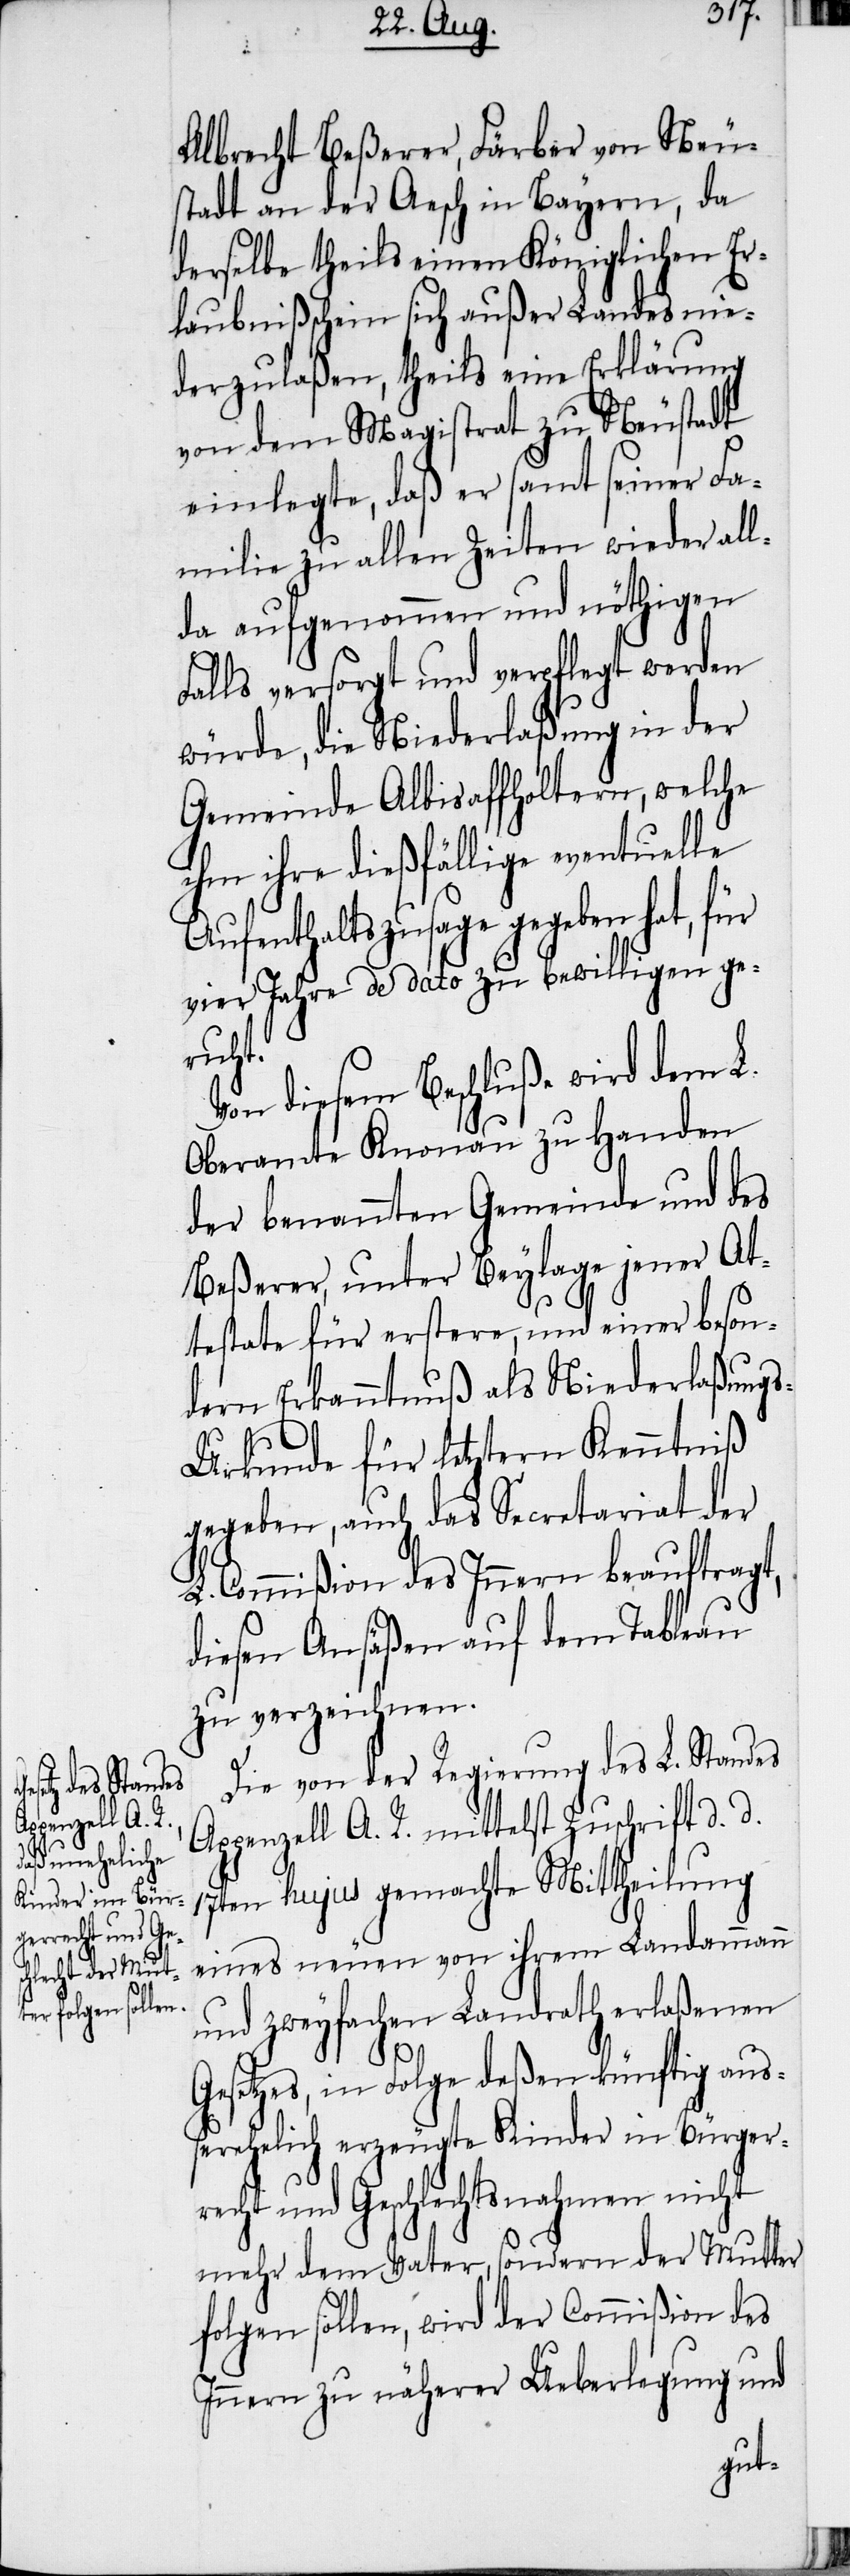
Albrecht Beßerer, Färber von Neu¬
stadt an der Aesch in Bayern, da
derselbe theils einen Königlichen Er¬
laubnißschein sich außer Landes nie¬
derzulaßen, theils eine Erklärung
von dem Magistrat zu Neustadt
einlegte, daß er samt seiner Fa¬
milie zu allen Zeiten wieder all¬
da aufgenommen und nöthigen
Falls versorgt und verpflegt werden
würde, die Niederlaßung in der
Gemeinde Albisaffholtern, welche
ihm ihre dießfällige eventuelle
Aufenthaltszusage gegeben hat, für
vier Jahre de dato zu bewilligen ge¬
ruht.
Von diesem Beschluße wird dem L.
Oberamte Knonau zu Handen
der benannten Gemeinde und des
Beßerer, unter Beylage jener At¬
testate für erstere, und einer beson¬
dern Erkanntnuß als Niederlaßung¬
s-Urkunde für letztern Kenntniß
gegeben, auch das Secretariat der
L. Commißion des Innern beauftragt,
diesen Ansäßen auf dem Tableau
zu verzeichnen.
Die von der Regierung des L. Standes
Appenzell A. R. mittelst Zuschrift d. d.
17ten hujus gemachte Mittheilung
eines neuen von ihrem Landammann
und zweyfachen Landrath erlaßenen
Gesetzes, in Folge deßen künftig auß¬
erehelich erzeugte Kinder in Bürger¬
recht und Geschlechtsnahmen nicht
mehr dem Vater, sondern der Mutter
folgen sollen, wird der Commißion des
Innern zu näherer Ueberlegung und